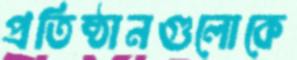
প্রতিষ্ঠানগুলোকে